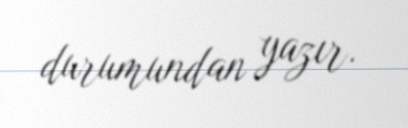
durumundan yazır.